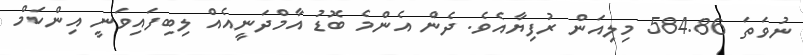
ނުވަތަ 584.86 މިލިއަން ރުފިޔާއެވެ. ދެން އެންމެ ބޮޑު އާމްދަނީއެއް ލިބިފައިވަނީ އިންކަމް